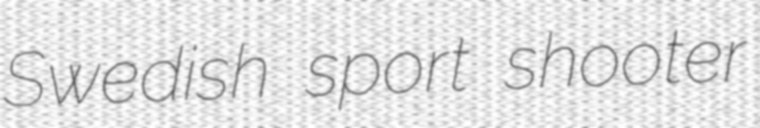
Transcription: Swedish sport shooter